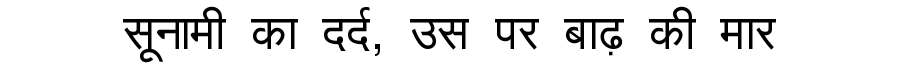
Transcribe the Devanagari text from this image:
सूनामी का दर्द, उस पर बाढ़ की मार